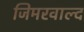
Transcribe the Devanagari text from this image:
जिमरवाल्द